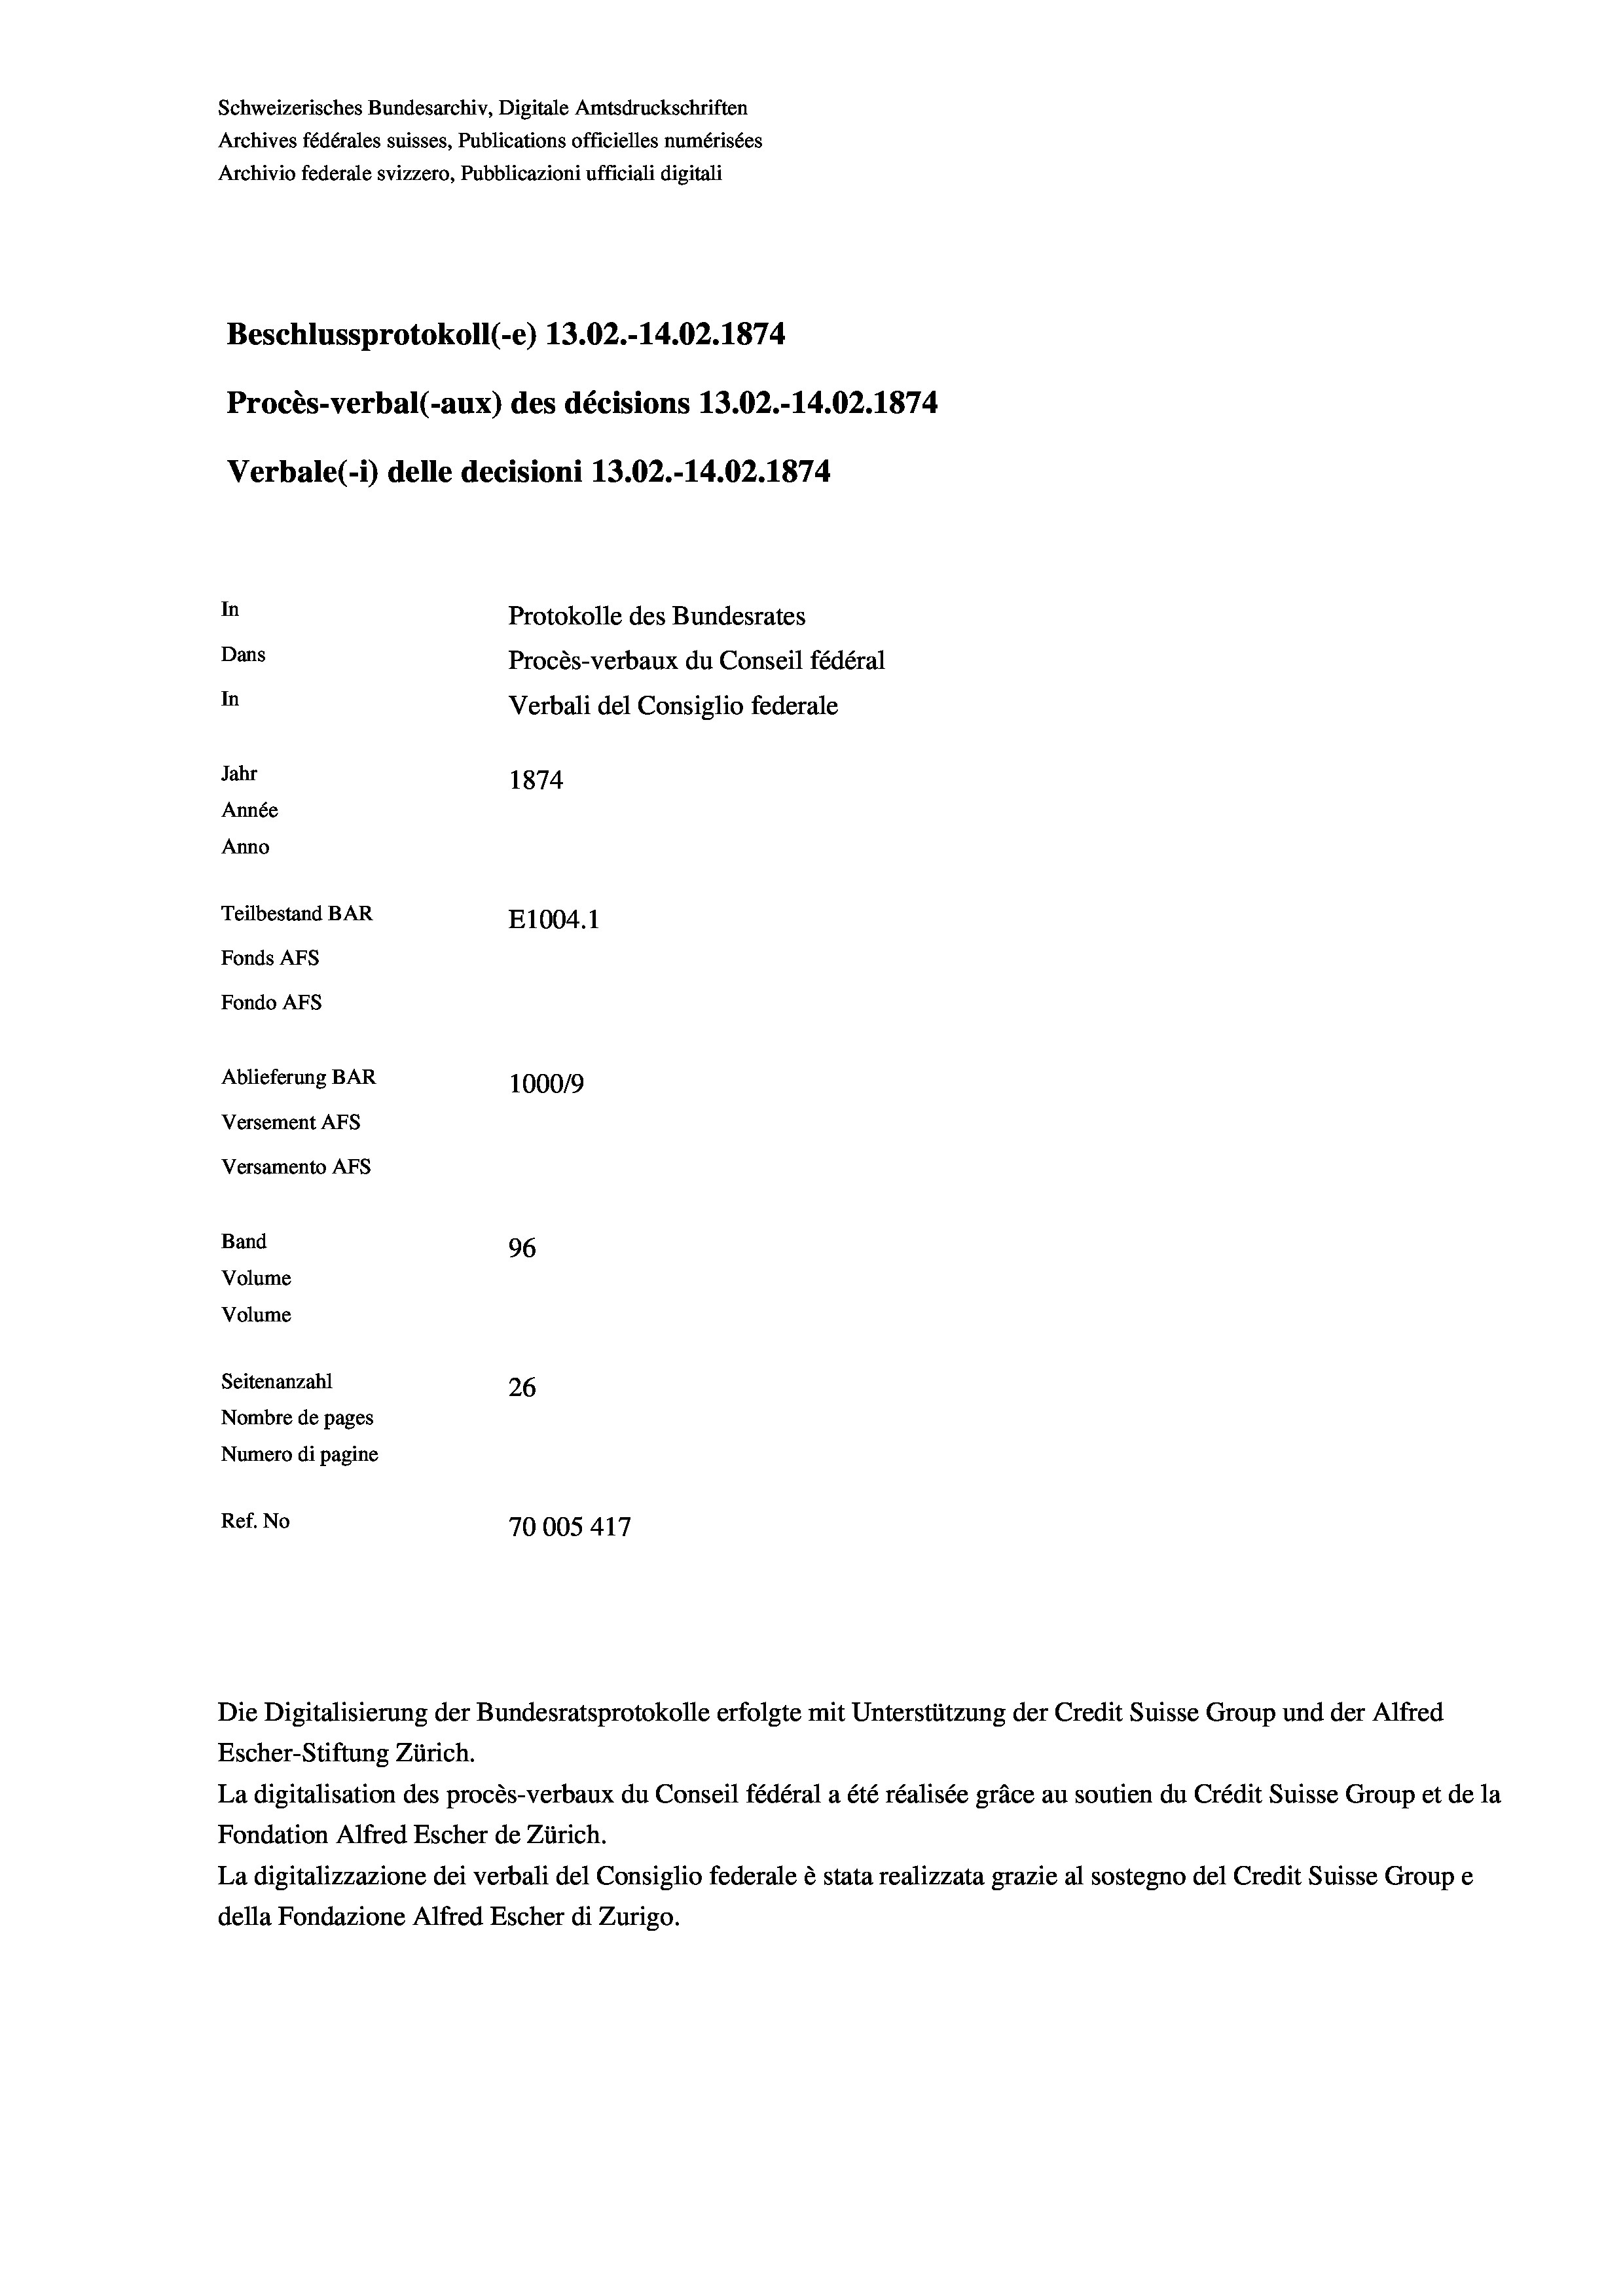
Schweizerisches Bundesarchiv, Digitale Amtsdruckschriften
Archives fédérales suisses, Publications officielles numérisées
Archivio federale svizzero, Pubblicazioni ufficiali digitali
Beschlussprotokoll (-e) 13.02.-14.02. 1874
Procès-verbal (-aux) des décisions 13.02.-14.02. 1874
Verbale(-*) delle decisioni 13.02.-14.02. 1874
In
Protokolle des Bundesrates
Dans
Procès-verbaux du Conseil fédéral
In
Verbali del Consiglio federale
Jahr
1874
Année
Anno
Teilbestand BAR
E1004. 1
Fonds AFs
Fondo AFS
Ablieferung BAR
100019
Versement AFs
Versamento AFs
Band
96
Volume
Volume
Seitenanzahl
26
Nombre de pages
Numero di pagine
Ref. No
70005417

Escher-Stiftung Zürich.
La digitalisation des procès-verbaux du Conseil fédéral a été réalisée gräce au soutien du Crédit Suisse Group et de la
Fondation Alfred Escher de Zürich.
La digitalizzazione dei verbali del Consiglio federale è stata realizzata grazie al sostegno del Credit Suisse Groupe
della Fondazione Alfred Escher di Zurigo.

Die Digitalisierung der Bundesratsprotokolle erfolgte mit Unterstützung der Credit Suisse Group und der Alfred